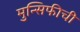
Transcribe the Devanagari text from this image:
मुन्सिफीची